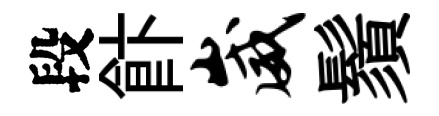
段飰崴鬚